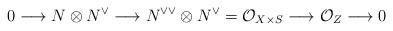
LaTeX: \begin{align*}0 \longrightarrow N \otimes N^{\vee} \longrightarrow N^{\vee \vee} \otimes N^{\vee} = \mathcal{O}_{X\times S} \longrightarrow \mathcal{O}_{Z} \longrightarrow 0 \end{align*}